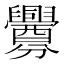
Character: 釁